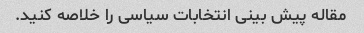
مقاله پیش بینی انتخابات سیاسی را خلاصه کنید.